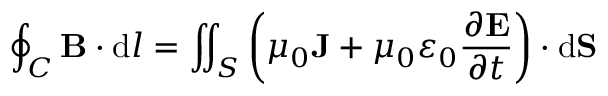
\oint _ { C } \mathbf { B } \cdot \mathrm { d } { \boldsymbol { l } } = \iint _ { S } \left( \mu _ { 0 } \mathbf { J } + \mu _ { 0 } \varepsilon _ { 0 } { \frac { \partial \mathbf { E } } { \partial t } } \right) \cdot \mathrm { d } \mathbf { S }